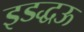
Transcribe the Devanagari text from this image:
इडद्धऊ